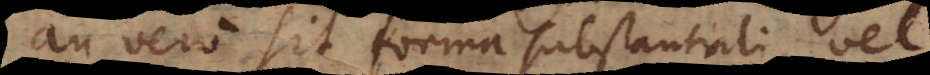
an vero sit forma substantiali vel